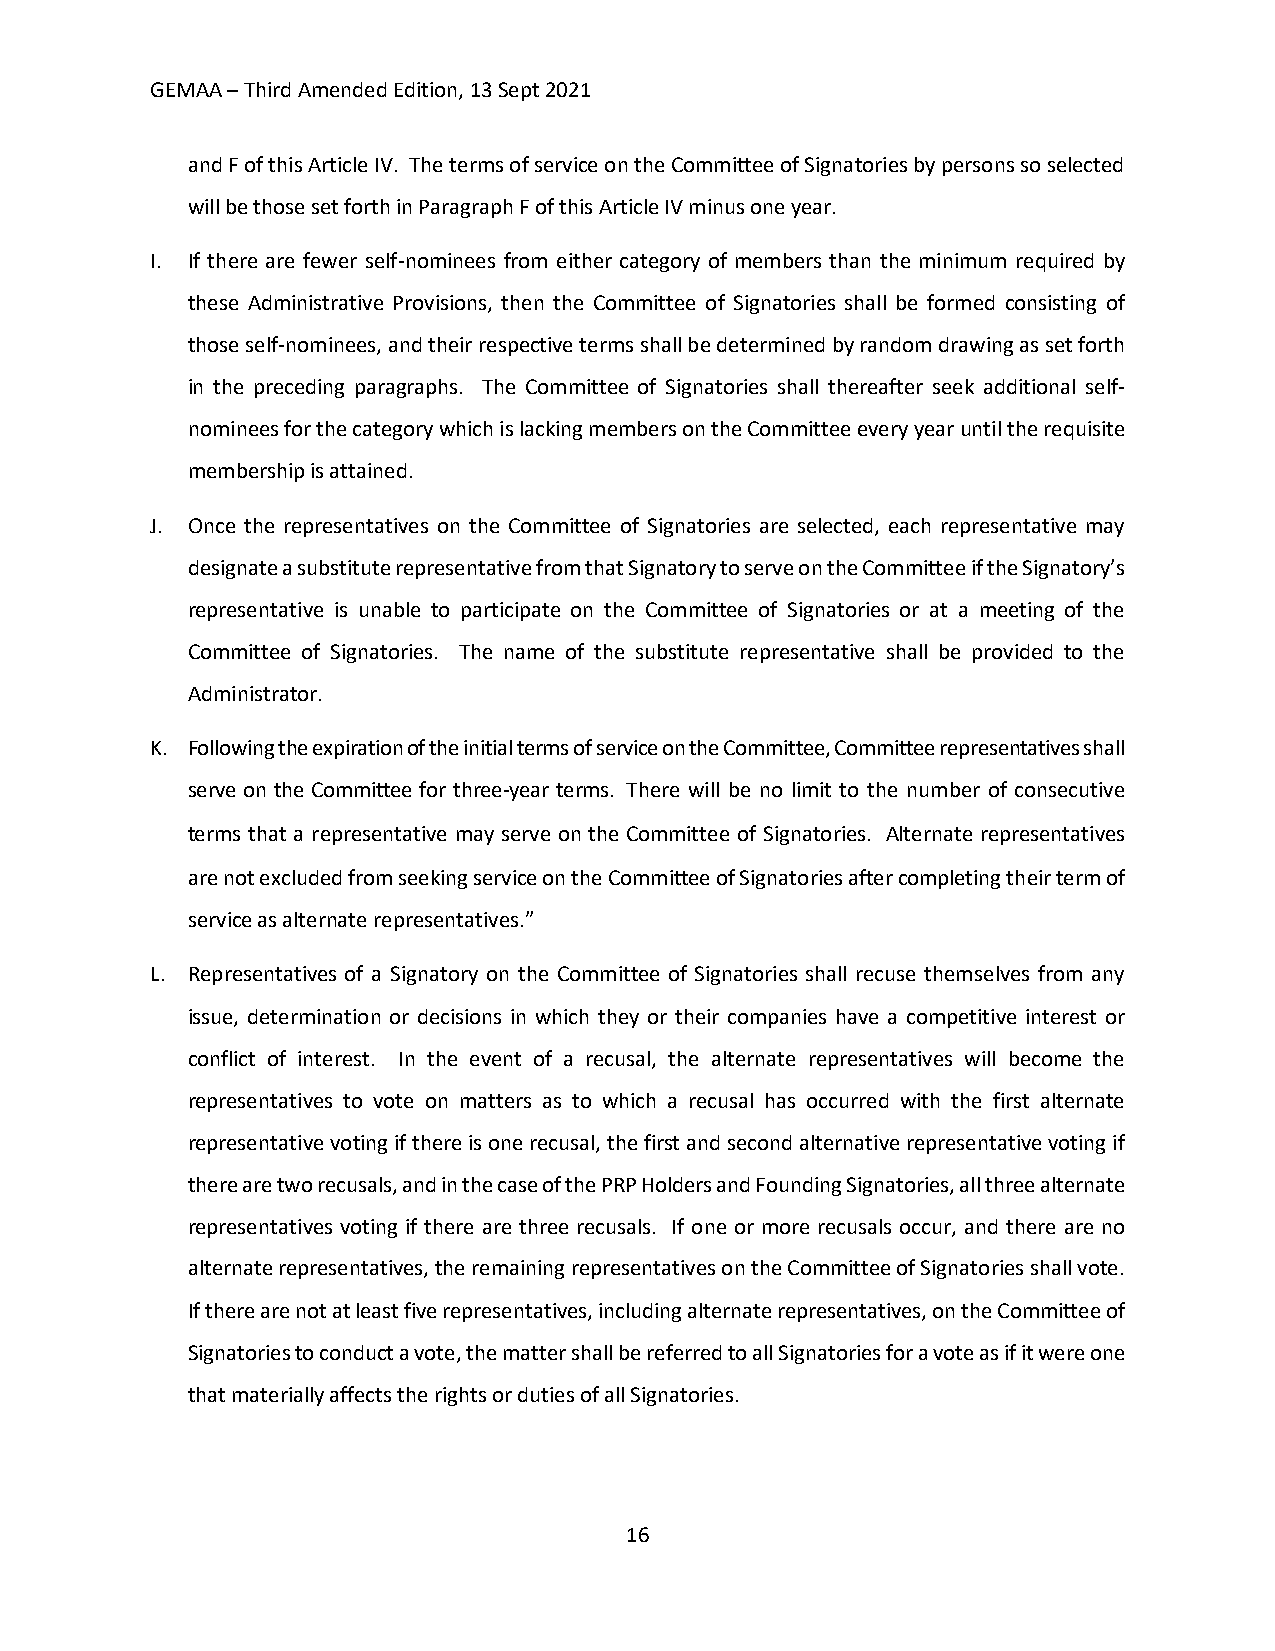
GEMAA – Third Amended Edition, 13 Sept 2021
 and F of this Article IV. The terms of service on the Committee of Signatories by persons so selected
 will be those set forth in Paragraph F of this Article IV minus one year.
 I. If there are fewer self-nominees from either category of members than the minimum required by
 these Administrative Provisions, then the Committee of Signatories shall be formed consisting of
 those self-nominees, and their respective terms shall be determined by random drawing as set forth
 in the preceding paragraphs. The Committee of Signatories shall thereafter seek additional self-
 nominees for the category which is lacking members on the Committee every year until the requisite
 membership is attained.
 J. Once the representatives on the Committee of Signatories are selected, each representative may
 designate a substitute representative from that Signatory to serve on the Committee if the Signatory’s
 representative is unable to participate on the Committee of Signatories or at a meeting of the
 Committee of Signatories. The name of the substitute representative shall be provided to the
 Administrator.
 K. Following the expiration of the initial terms of service on the Committee, Committee representatives shall
 serve on the Committee for three-year terms. There will be no limit to the number of consecutive
 terms that a representative may serve on the Committee of Signatories. Alternate representatives
 are not excluded from seeking service on the Committee of Signatories after completing their term of
 service as alternate representatives.”
 L. Representatives of a Signatory on the Committee of Signatories shall recuse themselves from any
 issue, determination or decisions in which they or their companies have a competitive interest or
 conflict of interest. In the event of a recusal, the alternate representatives will become the
 representatives to vote on matters as to which a recusal has occurred with the first alternate
 representative voting if there is one recusal, the first and second alternative representative voting if
 there are two recusals, and in the case of the PRP Holders and Founding Signatories, all three alternate
 representatives voting if there are three recusals. If one or more recusals occur, and there are no
 alternate representatives, the remaining representatives on the Committee of Signatories shall vote.
 If there are not at least five representatives, including alternate representatives, on the Committee of
 Signatories to conduct a vote, the matter shall be referred to all Signatories for a vote as if it were one
 that materially affects the rights or duties of all Signatories.
 16